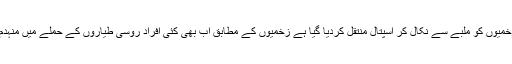
مذکورہ حملوں میں متعدد افراد زخمی ہیں اور کچھ زخمیوں کو ملبے سے نکال کر اسپتال منتقل کردیا گیا ہے زخمیوں کے مطابق اب بھی کئی افراد روسی طیاروں کے حملے میں منہدم ہونے والی عمارتوں کے ملبے تلے دبے ہوئے ہیں۔